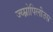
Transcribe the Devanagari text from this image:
ज्य्म्नोपिलीउस